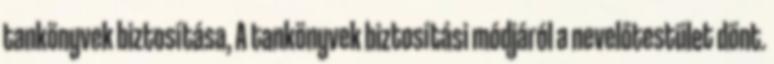
tankönyvek biztosítása, A tankönyvek biztosítási módjáról a nevelőtestület dönt.